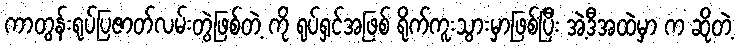
ကာတွန်းရုပ်ပြဇာတ်လမ်းတွဲဖြစ်တဲ့ ကို ရုပ်ရှင်အဖြစ် ရိုက်ကူးသွားမှာဖြစ်ပြီး အဲ့ဒီအထဲမှာ က ဆိုတဲ့